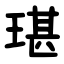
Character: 㻣